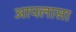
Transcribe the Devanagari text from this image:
आपलासा